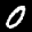
Label: 0